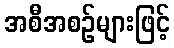
အစီအစဉ်များဖြင့်